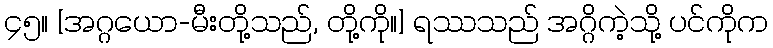
၄၅။ [အဂ္ဂယော-မီးတို့သည်, တို့ကို။] ရဿသည် အဂ္ဂိကဲ့သို့ ပင်ကိုက